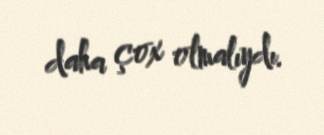
daha çox olmalıydı.